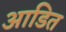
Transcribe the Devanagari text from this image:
आडित